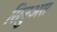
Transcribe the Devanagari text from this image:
सिनुअस